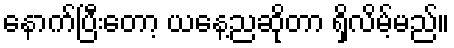
နောက်ပြီးတော့ ယနေ့ညဆိုတာ ရှိလိမ့်မည်။